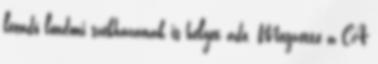
leendő londoni székházának is helyet adó. Megvette a CA